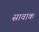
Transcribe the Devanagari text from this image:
सावाक